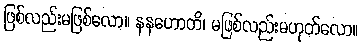
ဖြစ်လည်းမဖြစ်လော။ နနဟောတိ၊ မဖြစ်လည်းမဟုတ်လော။